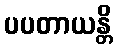
ပပတာယန္တိ